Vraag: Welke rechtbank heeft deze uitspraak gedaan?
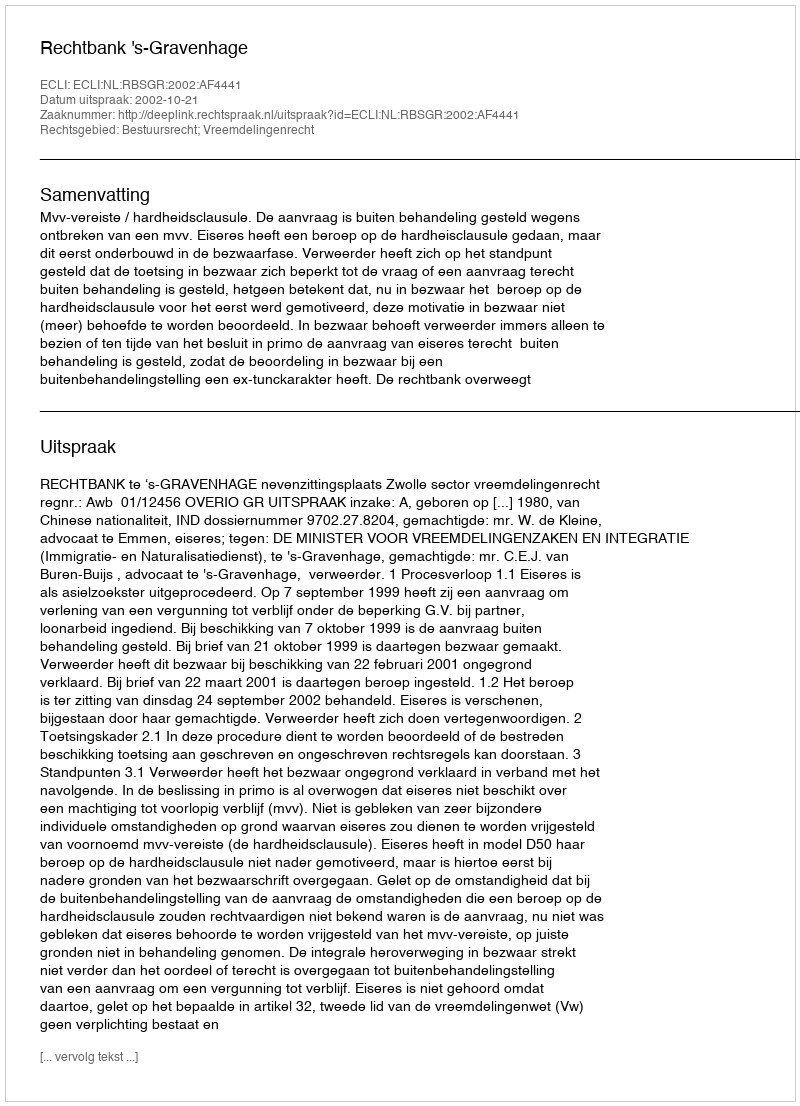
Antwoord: Rechtbank 's-Gravenhage